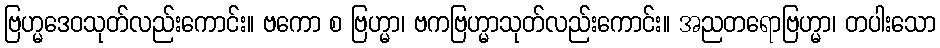
ဗြဟ္မဒေဝသုတ်လည်းကောင်း။ ဗကော စ ဗြဟ္မာ၊ ဗကဗြဟ္မာသုတ်လည်းကောင်း။ အညတရောဗြဟ္မာ၊ တပါးသော